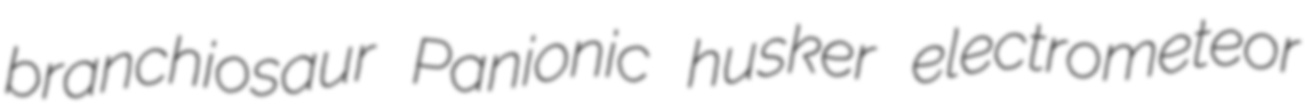
branchiosaur Panionic husker electrometeor